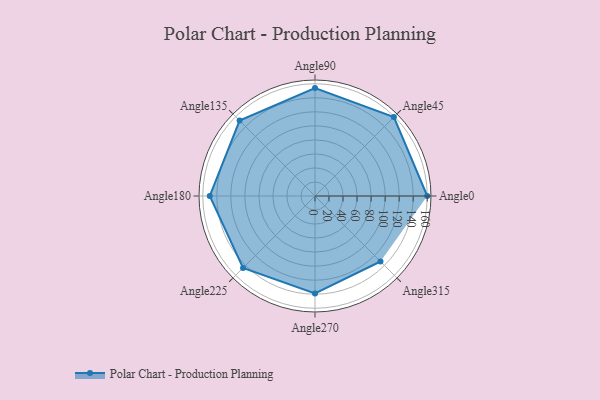
{"axis": {"x": "Angle", "y": "Radius"}, "legend": [""], "data": [{"x": "Angle0", "y": 160.0, "type": ""}, {"x": "Angle45", "y": 159.0, "type": ""}, {"x": "Angle90", "y": 154.0, "type": ""}, {"x": "Angle135", "y": 152.0, "type": ""}, {"x": "Angle180", "y": 150.0, "type": ""}, {"x": "Angle225", "y": 145.0, "type": ""}, {"x": "Angle270", "y": 139.0, "type": ""}, {"x": "Angle315", "y": 132.0, "type": ""}]}